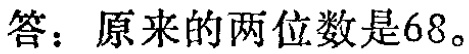
答：原来的两位数是68。